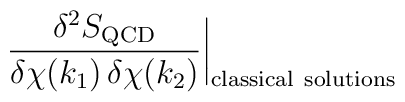
\frac{\delta^2 S_{\rm QCD}}{\delta\chi(k_1) \, \delta\chi(k_2)}  \biggr|_{\rm classical\ solutions}